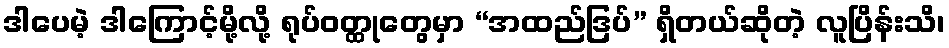
ဒါပေမဲ့ ဒါကြောင့်မို့လို့ ရုပ်ဝတ္ထုတွေမှာ “အထည်ဒြပ်” ရှိတယ်ဆိုတဲ့ လူပြိန်းသိ၊